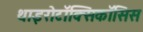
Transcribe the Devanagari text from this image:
थाइरोटॉक्सिकॉसिस